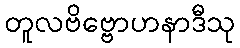
တူလဗိဗ္ဗောဟနာဒီသု